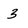
Character: 3